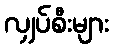
လျှပ်စီးများ